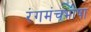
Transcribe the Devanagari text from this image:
रंगमंचभाषा